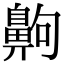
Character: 齁